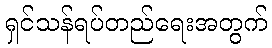
ရှင်သန်ရပ်တည်ရေးအတွက်